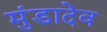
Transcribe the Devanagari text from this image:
मुंडादेव